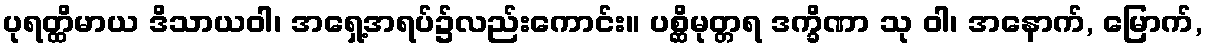
ပုရတ္ထိမာယ ဒိသာယဝါ၊ အရှေ့အရပ်၌လည်းကောင်း။ ပစ္ဆိမုတ္တရ ဒက္ခိဏာ သု ဝါ၊ အနောက်, မြောက်,